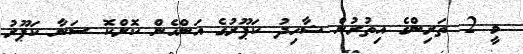
މީ 2 ތަރިންގެ އިތުރުން ޝާހިދު ކަޕޫރުގެ އަންހެން ކޮށްކޮ ސަނާ ކަޕޫރު